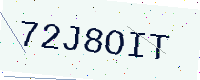
Text: 72J8OIT